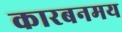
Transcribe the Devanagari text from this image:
कारबनमय